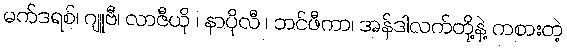
မက်ဒရစ်၊ ဂျူဗီ၊ လာဇီယို ၊ နာပိုလီ ၊ ဘင်ဖီကာ၊ အန်ဒါလက်တို့နဲ့ ကစားတဲ့